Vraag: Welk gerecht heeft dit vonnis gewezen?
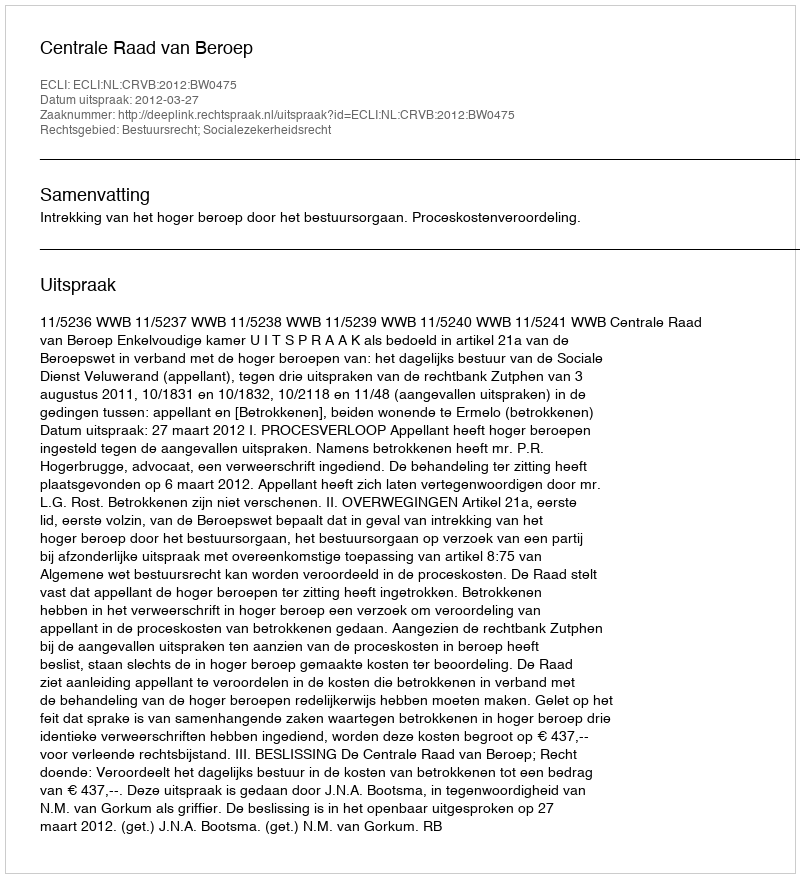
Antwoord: Centrale Raad van Beroep